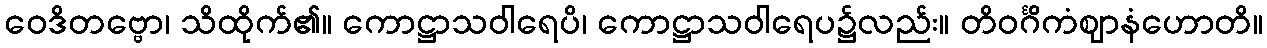
ဝေဒိတဗ္ဗော၊ သိထိုက်၏။ ကောဋ္ဌာသဝါရေပိ၊ ကောဋ္ဌာသဝါရေပ၌လည်း။ တိဝင်္ဂိကံဈာနံဟောတိ။